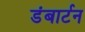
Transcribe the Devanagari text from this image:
डंबार्टन